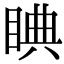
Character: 睓